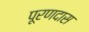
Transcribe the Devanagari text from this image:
पूरणदास